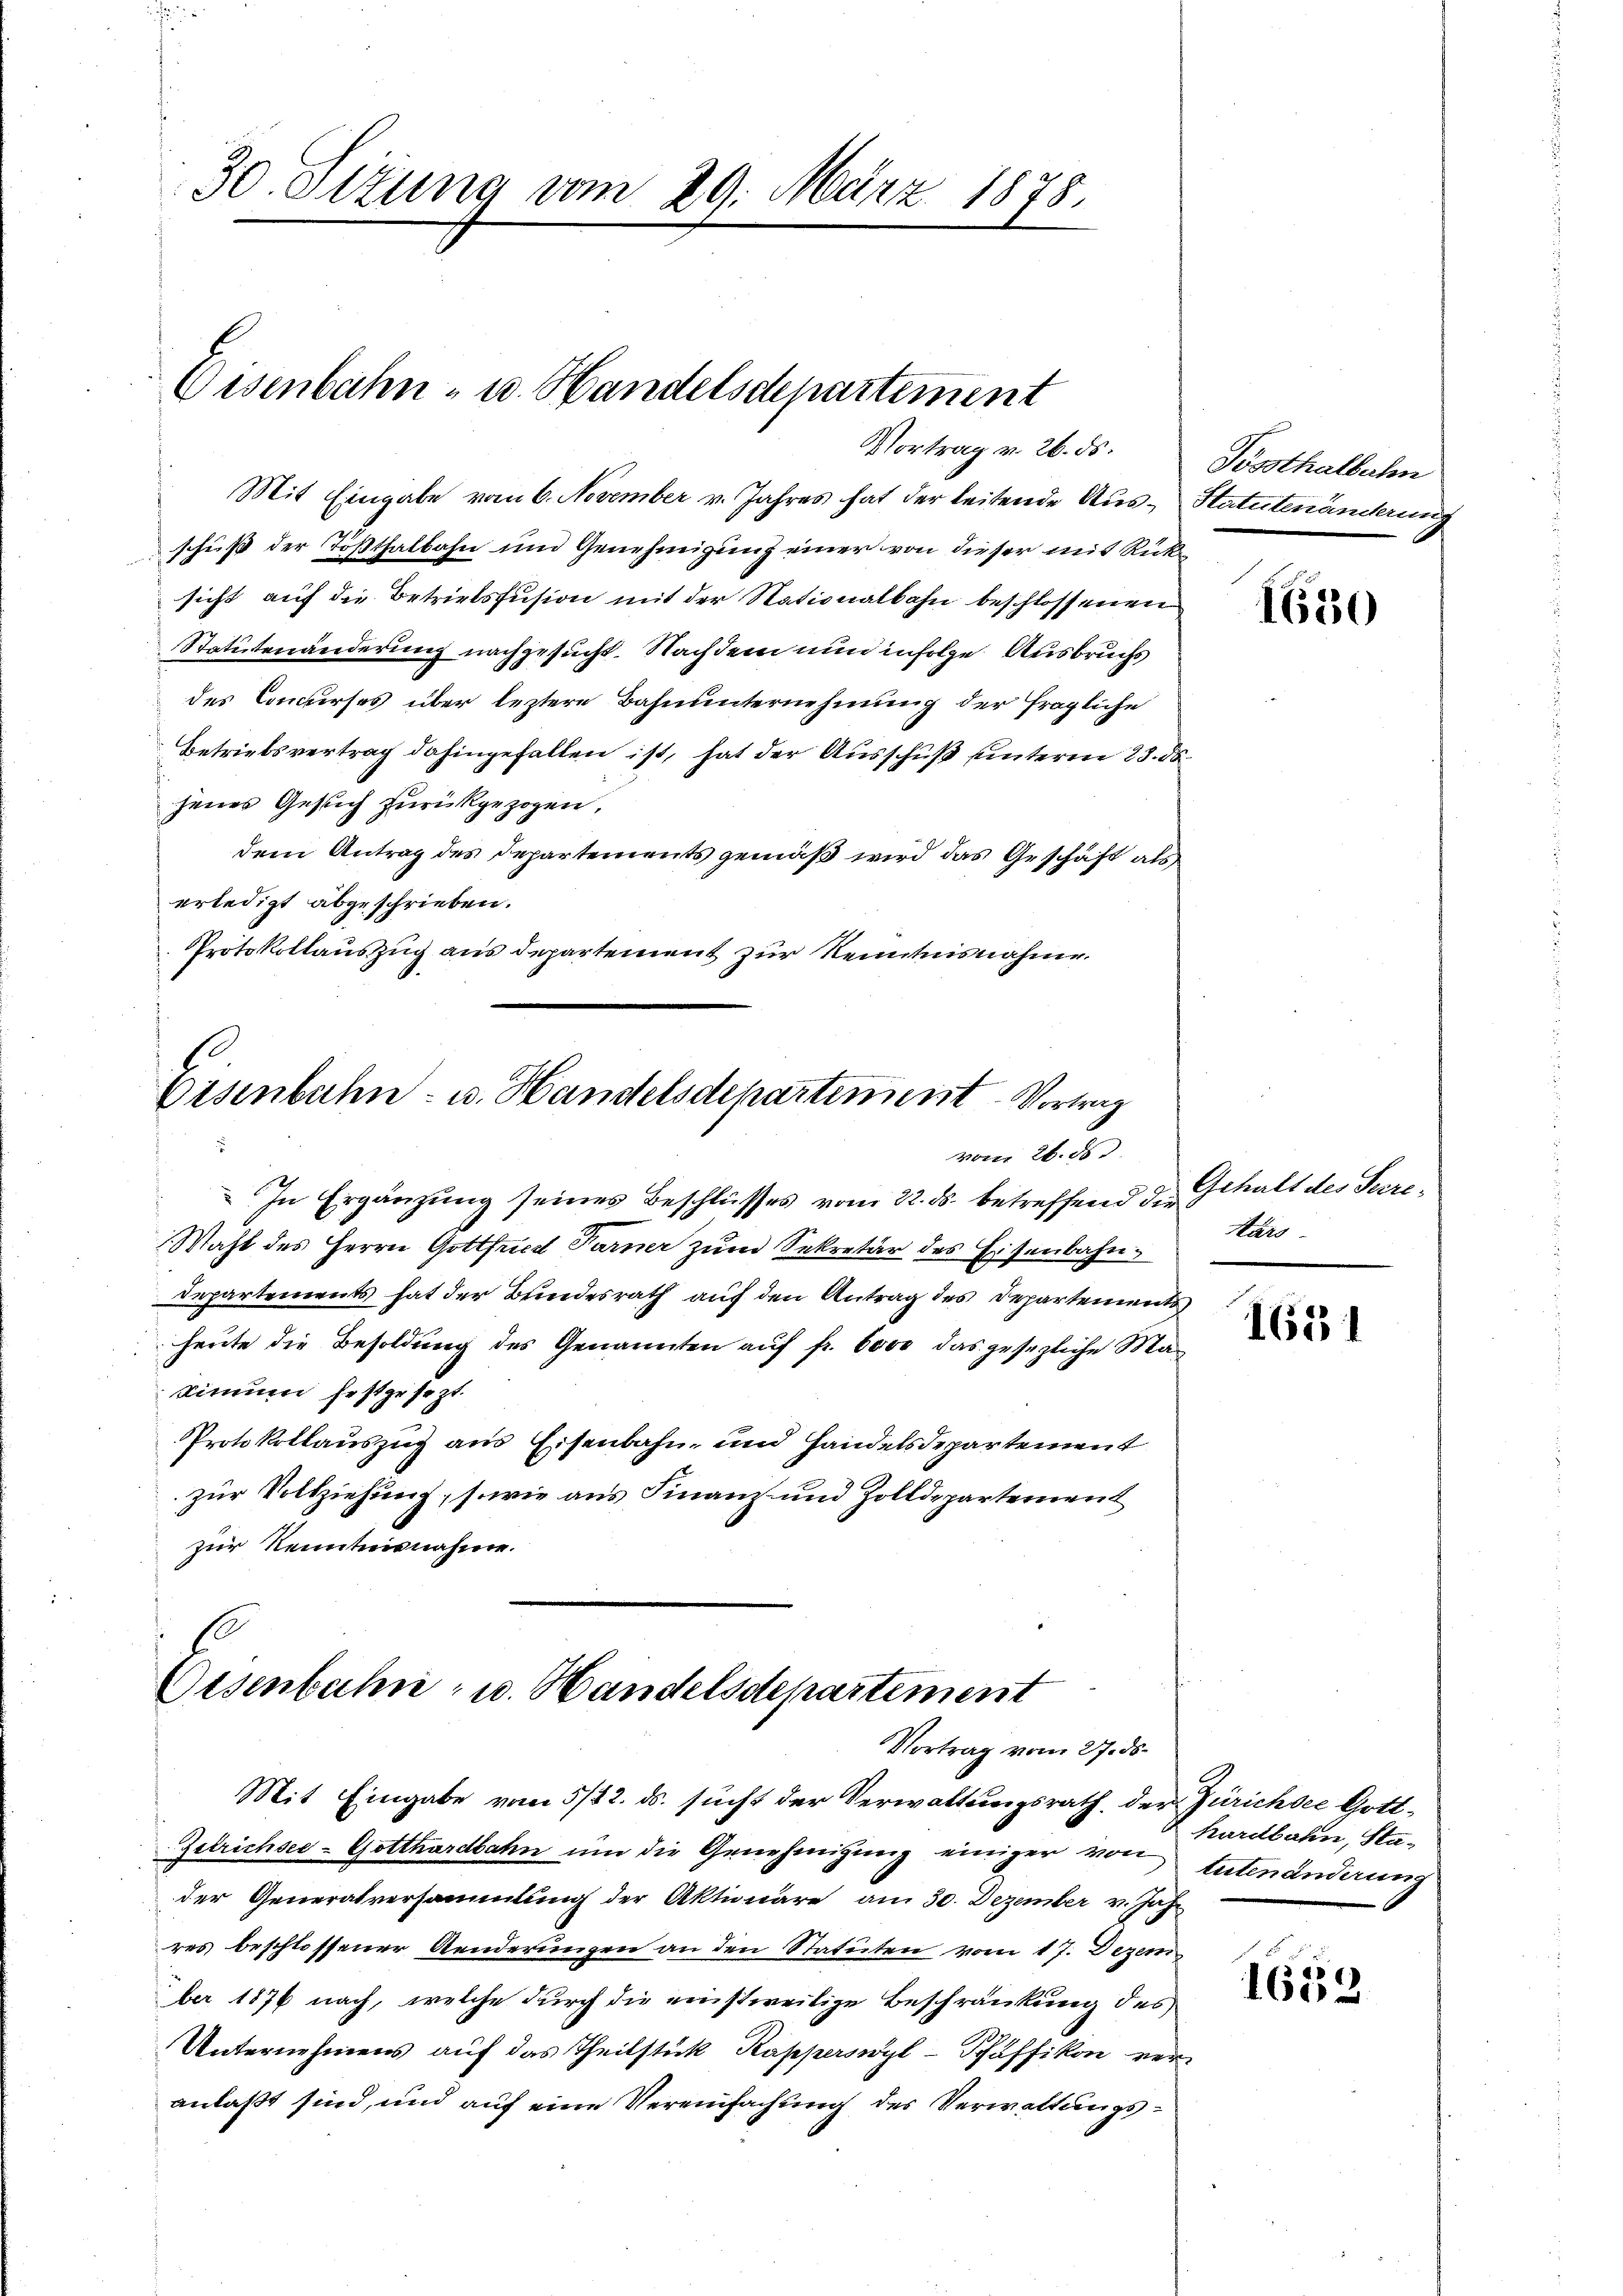
30. Sizung vom 29. März 1878.

Eisenbahn- u. Handelsdepartement
Vortrag v. 26. ds.
Mit Eingabe vom 6. November v. Jahres hat der leitende Aus- Statutenänderung

Eisenbahn- u. Handelsdepartement-Vortrag
vom 26. ds

schuß der Tößthalbahn und Genehmigung einer von dieser mit Rücksicht auf die Betriebsfusion mit der Stationalbahn beschlossenen
Statutenänderung nachgesucht. Nachdem nun infolge Ausbruchs
des Concurses über leztere Bahnunternehmung der fragliche
Betriebsvertrag dahingefallen ist, hat der Ausschuß unteren 23. ds.
jenes Gesuch zurückgezogen,
dem Antrag des Departements gemäß wird das Geschäft als
erledigt abgeschrieben.
Protokollauszug aus Departement zur Kenntnisnahme.

In Ergänzung seines Beschlusses vom 22. ds. betreffend die
Wahl des Herrn Gottfued Farner zum Sekretär des Eisenbahn¬
Departements hat der Bundesrath auf den Antrag des Departements
heute die Besoldung des Genannten auf fr. 6000 das gesezliche Masimum festgesezt.
Protokollauszug aus Eisenbahn und Handelsdepartement
zur Vollziehung, sowie aus Finanz und Zolldepartement
zur Kenntnisnahme.

Eisenbahn- u. Handelsdepartement
Vortrag vom 27. ds.

Possthalbahn

Mit Eingabe vom 5/12. ds. sucht der Verwaltungsrath der Zürichsee Gott¬
Gelrichsee-Gotthardbahn ŭm die Genehmigŭng einiger von tutenänderung
der Generalversammlung der Aktionäre am 30. Dezember v. Jus
res beschlossener Aenderungen an den Statuten vom 17. Dezem
ber 1874 nach, welche durch die einstweilige Beschränkung des
Unternehmens auf das Theilstück Kapperswyl-Schäffikon ver-
anlaßt sind, und auf eine Vereinfachung des Verwaltungs¬

1650

Gehalt des Secre¬
Kars

1651

hardbahn, Sta¬

1659